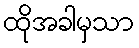
ထိုအခါမှသာ